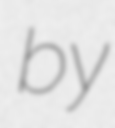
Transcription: by